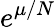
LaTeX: e^{\mu/N}